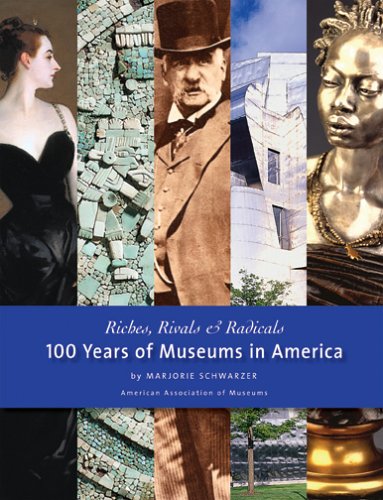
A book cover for Riches, Rivals and Radicals: 100 Years of Museums in America; Marjorie Schwarzer; Business & Money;